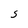
Character: S